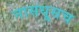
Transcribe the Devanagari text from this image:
नासधूसच